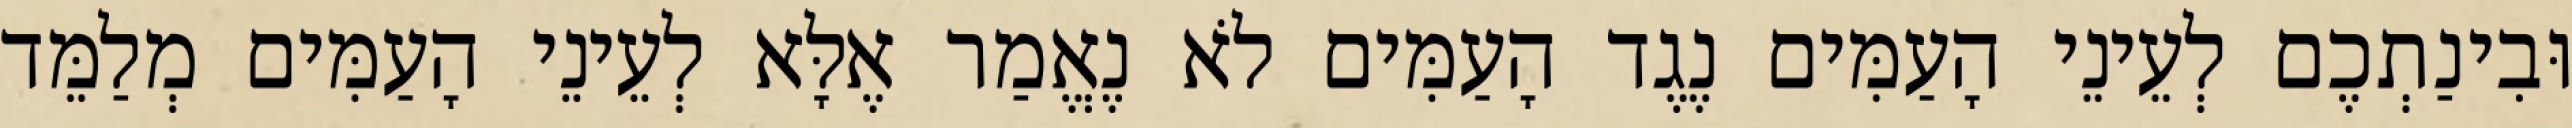
וּבִינַתְכֶם לְעֵינֵי הָעַמִּים נֶגֶד הָעַמִּים לֹא נֶאֱמַר אֶלָּא לְעֵינֵי הָעַמִּים מְלַמֵּד